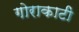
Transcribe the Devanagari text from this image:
गोराकाटी